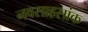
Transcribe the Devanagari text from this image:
नवसाहसांक